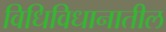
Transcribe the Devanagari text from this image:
विधिविधानातील